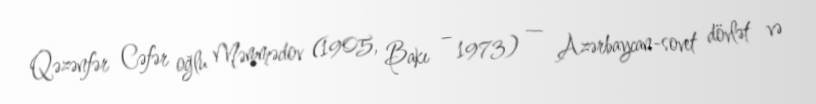
Qəzənfər Cəfər oğlu Məmmədov (1905, Bakı – 1973) — Azərbaycan-sovet dövlət və